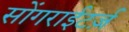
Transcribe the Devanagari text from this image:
सोंगराईटर्ज़